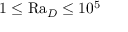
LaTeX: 1 \leq \mathrm { R a } _ { D } \leq 1 0 ^ { 5 }